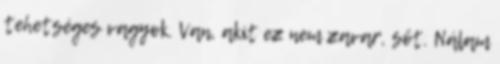
tehetséges vagyok. Van, akit ez nem zavar, sőt. Nálam